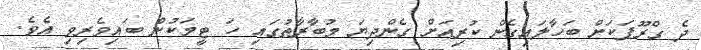
ދެ ގްރޫޕަކަށް ބަހާލައިގެން ކުރިއަށް ގެންދިޔަ މުބާރާތުގައި ހަ ޓީމަކުން ބައިވެރިވި އެވެ.